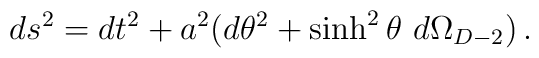
ds^{2}=dt^{2}+a^{2}(d\theta^{2}+\sinh^{2}\theta\ d\Omega_{D-2})\, .